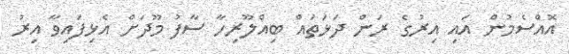
އޮއްސެމުން އައި އިރުގެ ރަން ދަޅަތައް ބިއްލޫރިހާ ސާފު މޫދަށް އެޅިފައިވާ އިރު